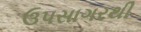
ઉપસાગરથી